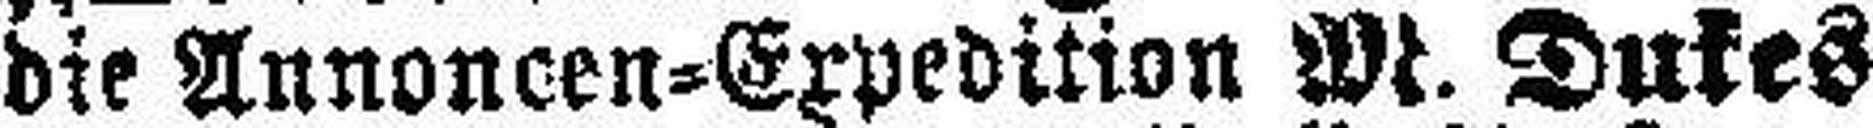
die Annoncen=Expedition M. Dukes